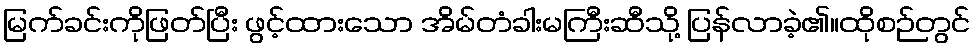
မြက်ခင်းကိုဖြတ်ပြီး ဖွင့်ထားသော အိမ်တံခါးမကြီးဆီသို့ ပြန်လာခဲ့၏။ထိုစဉ်တွင်